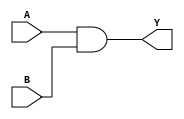
module AND(Y, A, B);
	input A, B;
	output Y;
	and (Y, A, B);
endmodule